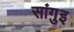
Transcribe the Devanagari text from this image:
सांगुइ